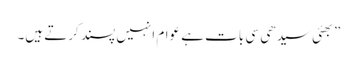
”بھئی سیدھی سی بات ہے عوام انہیں پسند کرتے ہیں۔